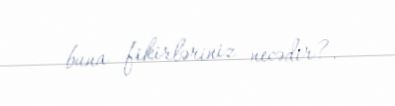
buna fikirləriniz necədir?.